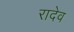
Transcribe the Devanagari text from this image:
रादेव